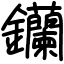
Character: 钄